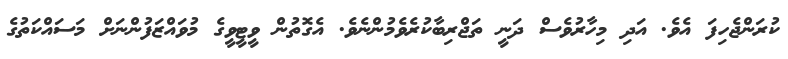
ކުރަންޖެހިފަ އެވެ. އަދި މިހާރުވެސް ދަނީ ތަޖްރިބާކުރެވެމުންނެވެ. އެގޮތުން ވީޓީވީގެ މުވައްޒަފުންނަށް މަސައްކަތުގެ